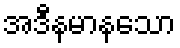
အဒီနမာနသော